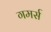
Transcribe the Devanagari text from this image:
गमर्स